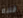
قلبه